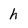
Character: h